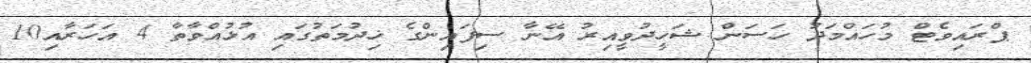
ޕްރައިވެޓް މުހައްމަދު ހަސަން ޝަހީދުވީއިރު އޭނާ ސިފައިންގެ ޚިދުމަތުގައި އުޅުއްވާތާ 4 އަހަރާއި10